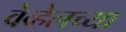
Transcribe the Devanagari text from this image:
वेव्हेलच्या